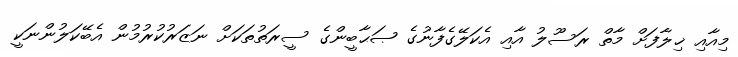
މިއާއި ޚިލާފަށް މާތް ރަސޫލު އާއި އެކަލޭގެފާނުގެ ޞަޙާބީންގެ ސީރަތުތަކަށް ނަޒަރުކުރުމުން އެބޭކަލުންނަކީ